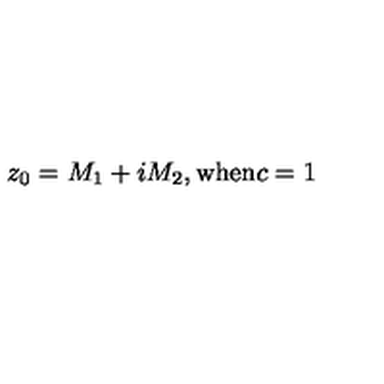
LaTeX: z _ { 0 } = M _ { 1 } + i M _ { 2 } \mathrm { , w h e n } c = 1